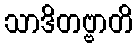
သာဒိတဗ္ဗာတိ